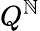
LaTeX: Q^{\mathbb{N}}